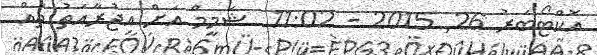
އޮކްޓޯބަރު 26